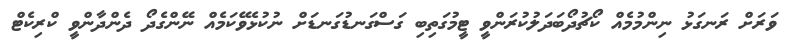
ވަރަށް ރަނގަޅު ނިންމުމެއް ކޯޗުދޯބަދަލުކުރަންވީ ޓީމުގަތިބި ގަސްގަނޑުގަނޑަށް ނުކުޅެވޭކަމެއް ނޭންގެދޯ ދެންދާންވީ ކްރިކެޓް